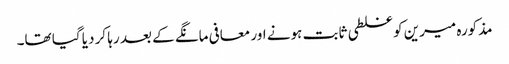
مذکورہ میرین کو غلطی ثابت ہونے اور معافی مانگے کے بعد رہا کر دیا گیا تھا۔